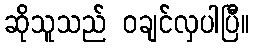
ဆိုသူသည် ဝချင်လှပါပြီ။